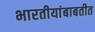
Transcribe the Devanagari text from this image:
भारतीयांबाबतीत